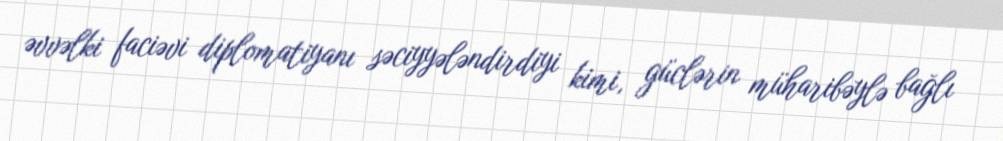
əvvəlki faciəvi diplomatiyanı səciyyələndirdiyi kimi, güclərin müharibəylə bağlı